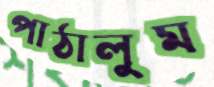
পাঠালুম